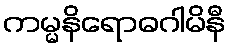
ကမ္မနိရောဓဂါမိနီ